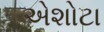
એશોટા